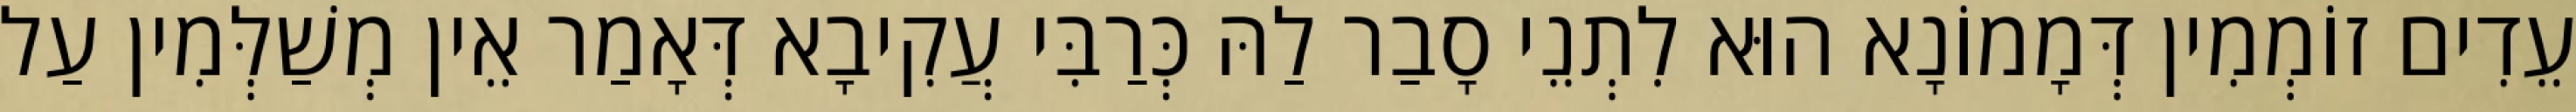
עֵדִים זוֹמְמִין דְּמָמוֹנָא הוּא לִתְנֵי סָבַר לַהּ כְּרַבִּי עֲקִיבָא דְּאָמַר אֵין מְשַׁלְּמִין עַל